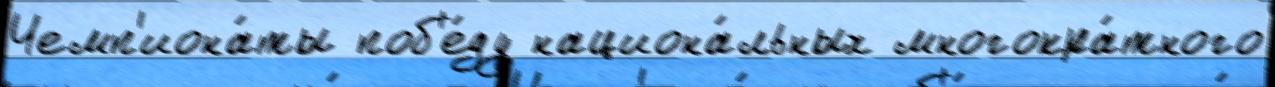
Чемп'иона́ты поб'е́ду национа́льных многокра́тного